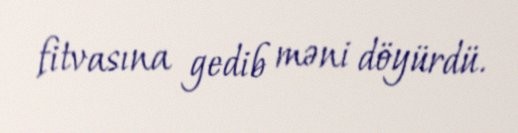
fitvasına gedib məni döyürdü.